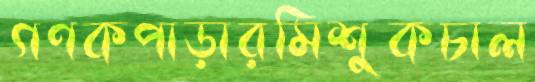
গণকপাড়ারমিশুকচাল